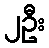
၂ဦး